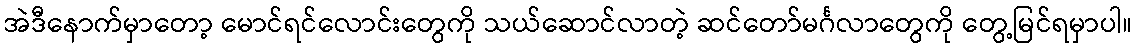
အဲဒီနောက်မှာတော့ မောင်ရင်လောင်းတွေကို သယ်ဆောင်လာတဲ့ ဆင်တော်မင်္ဂလာတွေကို တွေ့မြင်ရမှာပါ။